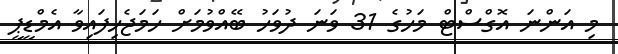
މި އަންނަ އޮގްސްޓް މަހުގެ 31 ވަނަ ދުވަހު ބޭއްވުމަށް ހަމަޖެހިފައިވާ އެމްޑީޕީ